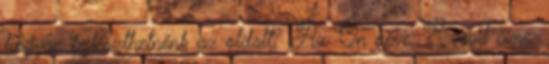
hogyan fejleszthetnénk az oldalt? Az Ön neve: E-mail címe: